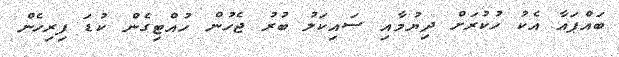
ބައްޕައާ އެކު ހުކުރަށް ދިޔުމާއި ސައިކަލު ބުރު ޖެހުން ހުއްޓިގެން ކުޑަ ފިރިހެން